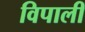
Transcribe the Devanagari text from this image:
विपाली